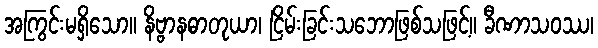
အကြွင်းမရှိသော။ နိဗ္ဗာနဓာတုယာ၊ ငြိမ်းခြင်းသဘောဖြစ်သဖြင့်။ ခီဏာသဝဿ၊